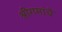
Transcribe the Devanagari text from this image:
श्रीगमांचे